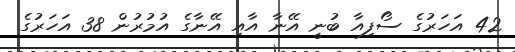
42 އަހަރުގެ ސޯފިއާ ބުނީ އޭނާ އާއި އޭނާގެ އުމުރުން 38 އަހަރުގެ